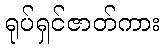
ရုပ်ရှင်ဇာတ်ကား